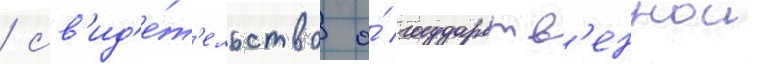
/ св'ид'е́т'ельство о́ государств'еннои